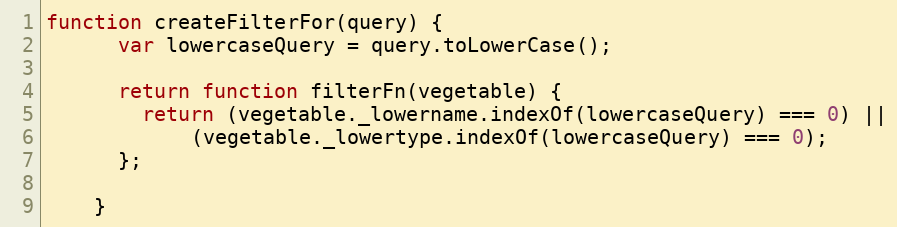
Language: JavaScript
function createFilterFor(query) {
      var lowercaseQuery = query.toLowerCase();

      return function filterFn(vegetable) {
        return (vegetable._lowername.indexOf(lowercaseQuery) === 0) ||
            (vegetable._lowertype.indexOf(lowercaseQuery) === 0);
      };

    }